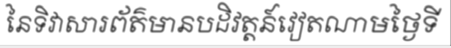
នៃទិវាសារព័ត៌មានបដិវត្តន៍វៀតណាមថ្ងៃទី